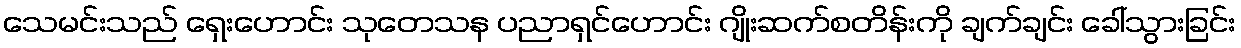
သေမင်းသည် ရှေးဟောင်း သုတေသန ပညာရှင်ဟောင်း ဂျိုးဆက်စတိန်းကို ချက်ချင်း ခေါ်သွားခြင်း